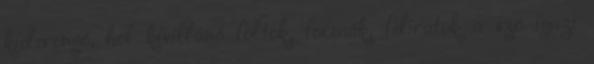
kiderengő, hol kivillanó foltok, formák, feliratok a szó igazi